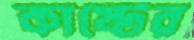
কাষ্টের